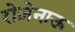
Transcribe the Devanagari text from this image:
रोज़ेनाऊ